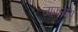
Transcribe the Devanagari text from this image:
जाफरला